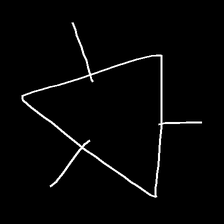
Glyph: fire